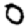
Digit: 0